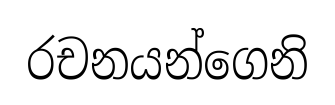
රචනයන්ගෙනි